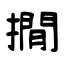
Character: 撊